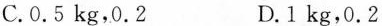
C.0.5kg，0.2 D.1kg，0.2